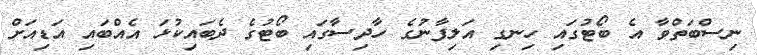
ނިސްބަތްވާ އެ ބޯޓުގައި ހިނގި އަލިފާނުގެ ހާދިސާގައި ބޯޓުގެ ދެބައިކުޅަ އެއްބައި އަޑިއަށް